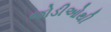
જોડીઓથી